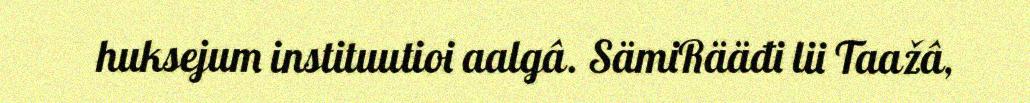
huksejum instituutioi aalgâ. SämiRääđi lii Taažâ,